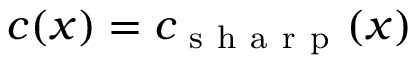
c ( x ) = c _ { \mathrm { ~ s ~ h ~ a ~ r ~ p ~ } } ( x )